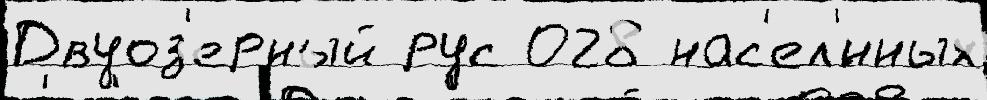
Двуоз'ерный рус 028 нас'ел'́нных